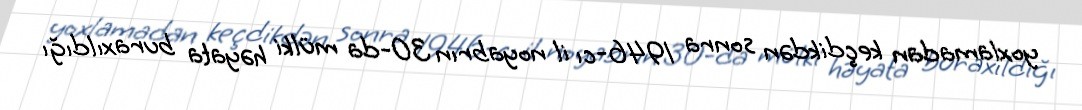
yoxlamadan keçdikdən sonra 1946-cı il noyabrın 30-da mülki həyata buraxıldığı